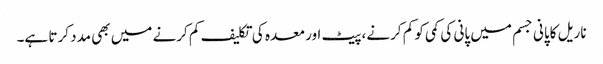
ناریل کاپانی جسم میں پانی کی کمی کو کم کرنے، پیٹ اور معدہ کی تکلیف کم کرنے میں بھی مدد کرتا ہے۔